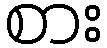
စား